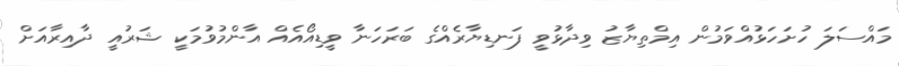
މައްސަލަ ހުށަހަޅުއްވަމުން އިމްތިޔާޒު ވިދާޅުވީ ފަނޑިޔާރެއްގެ ބަރަހަނާ ވީޑިއޯއެއް އާންމުވުމަކީ ޝަރުއީ ދާއިރާއަށް